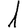
Digit: 1